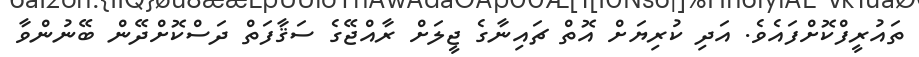
ތައުރީފްކޮށްފައެވެ. އަދި ކުރިޔަށް އޮތް ޗައިނާގެ ޖީލަށް ރާއްޖޭގެ ސަޤާފަތް ދަސްކޮށްދޭން ބޭނުންވާ